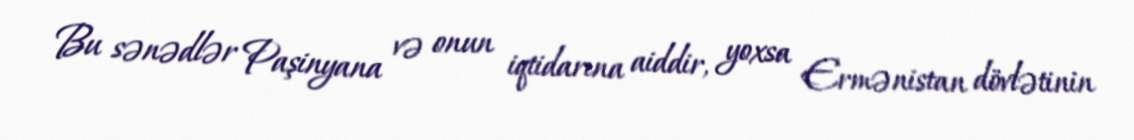
Bu sənədlər Paşinyana və onun iqtidarına aiddir, yoxsa Ermənistan dövlətinin